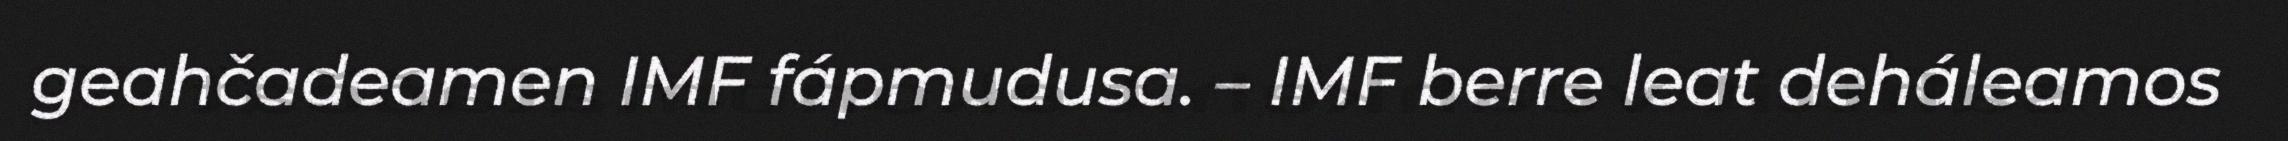
geahčadeamen IMF fápmudusa. – IMF berre leat deháleamos